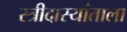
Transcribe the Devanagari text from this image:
स्त्रीदास्यांताला